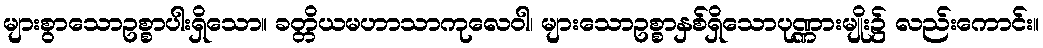
များစွာသောဥစ္စာပါးရှိသော။ ခတ္တိယမဟာသာကုလေဝါ၊ များသောဥစ္စာနှစ်ရှိသောပုဏ္ဏားမျိုး၌ လည်းကောင်း။